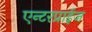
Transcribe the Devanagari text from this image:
एन्टरप्राईज